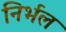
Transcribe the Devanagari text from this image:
निर्भल